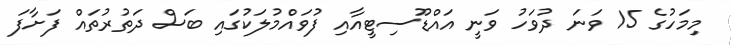
މިމަހުގެ 15 ވަނަ ދުވަހު ވަނީ އައްޑޫސިޓީއާއި ފުވައްމުލަކުގައި ބަސް ދަތުރުތައް ފަށާފަ